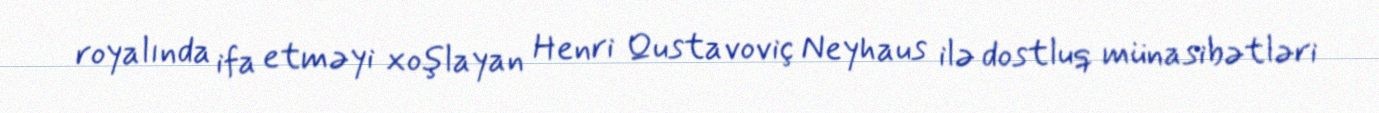
royalında ifa etməyi xoşlayan Henri Qustavoviç Neyhaus ilə dostluq münasibətləri